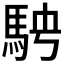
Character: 𩢆